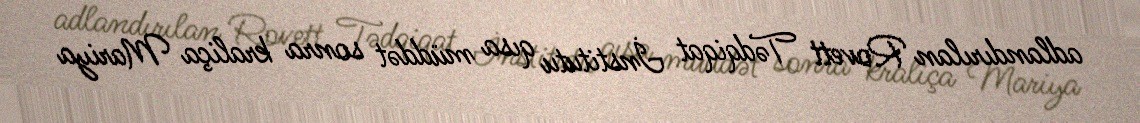
adlandırılan Rovett Tədqiqat İnstitutu qısa müddət sonra kraliça Mariya